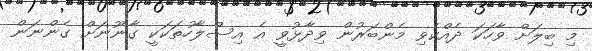
މި ބިލަށް ވާހަކަ ދެއްކެވި މެންބަރުން ވިދާޅުވީ އެ އިސްލާހުތަކަކީ ގާނޫނަށް ގެންނަން